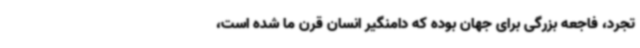
تجرد، فاجعه بزرگی برای جهان بوده که دامنگیر انسان قرن ما شده است،